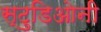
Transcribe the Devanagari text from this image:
स्टुडिओनी